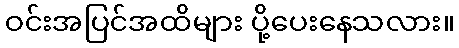
ဝင်းအပြင်အထိများ ပို့ပေးနေသလား။